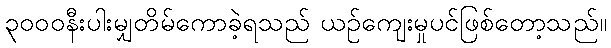
၃၀၀၀နီးပါးမျှတိမ်ကောခဲ့ရသည် ယဉ်ကျေးမှုပင်ဖြစ်တော့သည်။